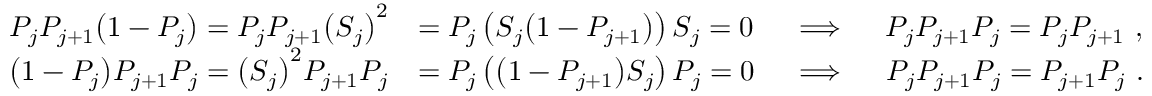
\begin{array} { r l } { P _ { j } P _ { j + 1 } \big ( 1 - P _ { j } \big ) = P _ { j } P _ { j + 1 } \big ( S _ { j } \big ) ^ { 2 } } & { = P _ { j } \left( S _ { j } \big ( 1 - P _ { j + 1 } \big ) \right) S _ { j } = 0 \quad \implies \quad P _ { j } P _ { j + 1 } P _ { j } = P _ { j } P _ { j + 1 } \ , } \\ { \big ( 1 - P _ { j } \big ) P _ { j + 1 } P _ { j } = \big ( S _ { j } \big ) ^ { 2 } P _ { j + 1 } P _ { j } } & { = P _ { j } \left( \big ( 1 - P _ { j + 1 } \big ) S _ { j } \right) P _ { j } = 0 \quad \implies \quad P _ { j } P _ { j + 1 } P _ { j } = P _ { j + 1 } P _ { j } \ . } \end{array}